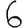
Digit: 6